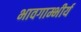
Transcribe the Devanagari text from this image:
भावगाम्भीर्य